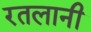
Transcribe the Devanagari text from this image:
रतलानी